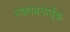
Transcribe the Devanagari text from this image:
स्वतंत्रतार्पूक